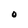
Character: O